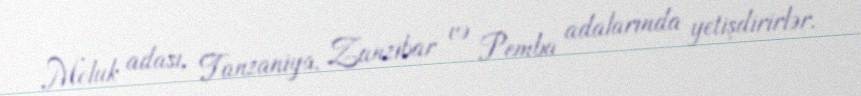
Moluk adası, Tanzaniya, Zanzibar və Pemba adalarında yetişdirirlər.